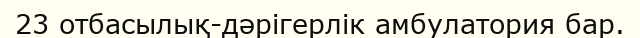
23 отбасылық-дәрігерлік амбулатория бар.